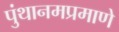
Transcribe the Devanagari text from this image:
पुंथानमप्रमाणे